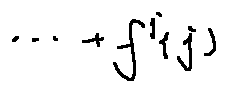
\cdots + f ^ { j } ( j )